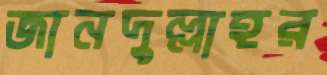
জানদুল্লাহর